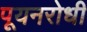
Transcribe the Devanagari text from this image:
पूयनरोधी